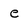
Character: e